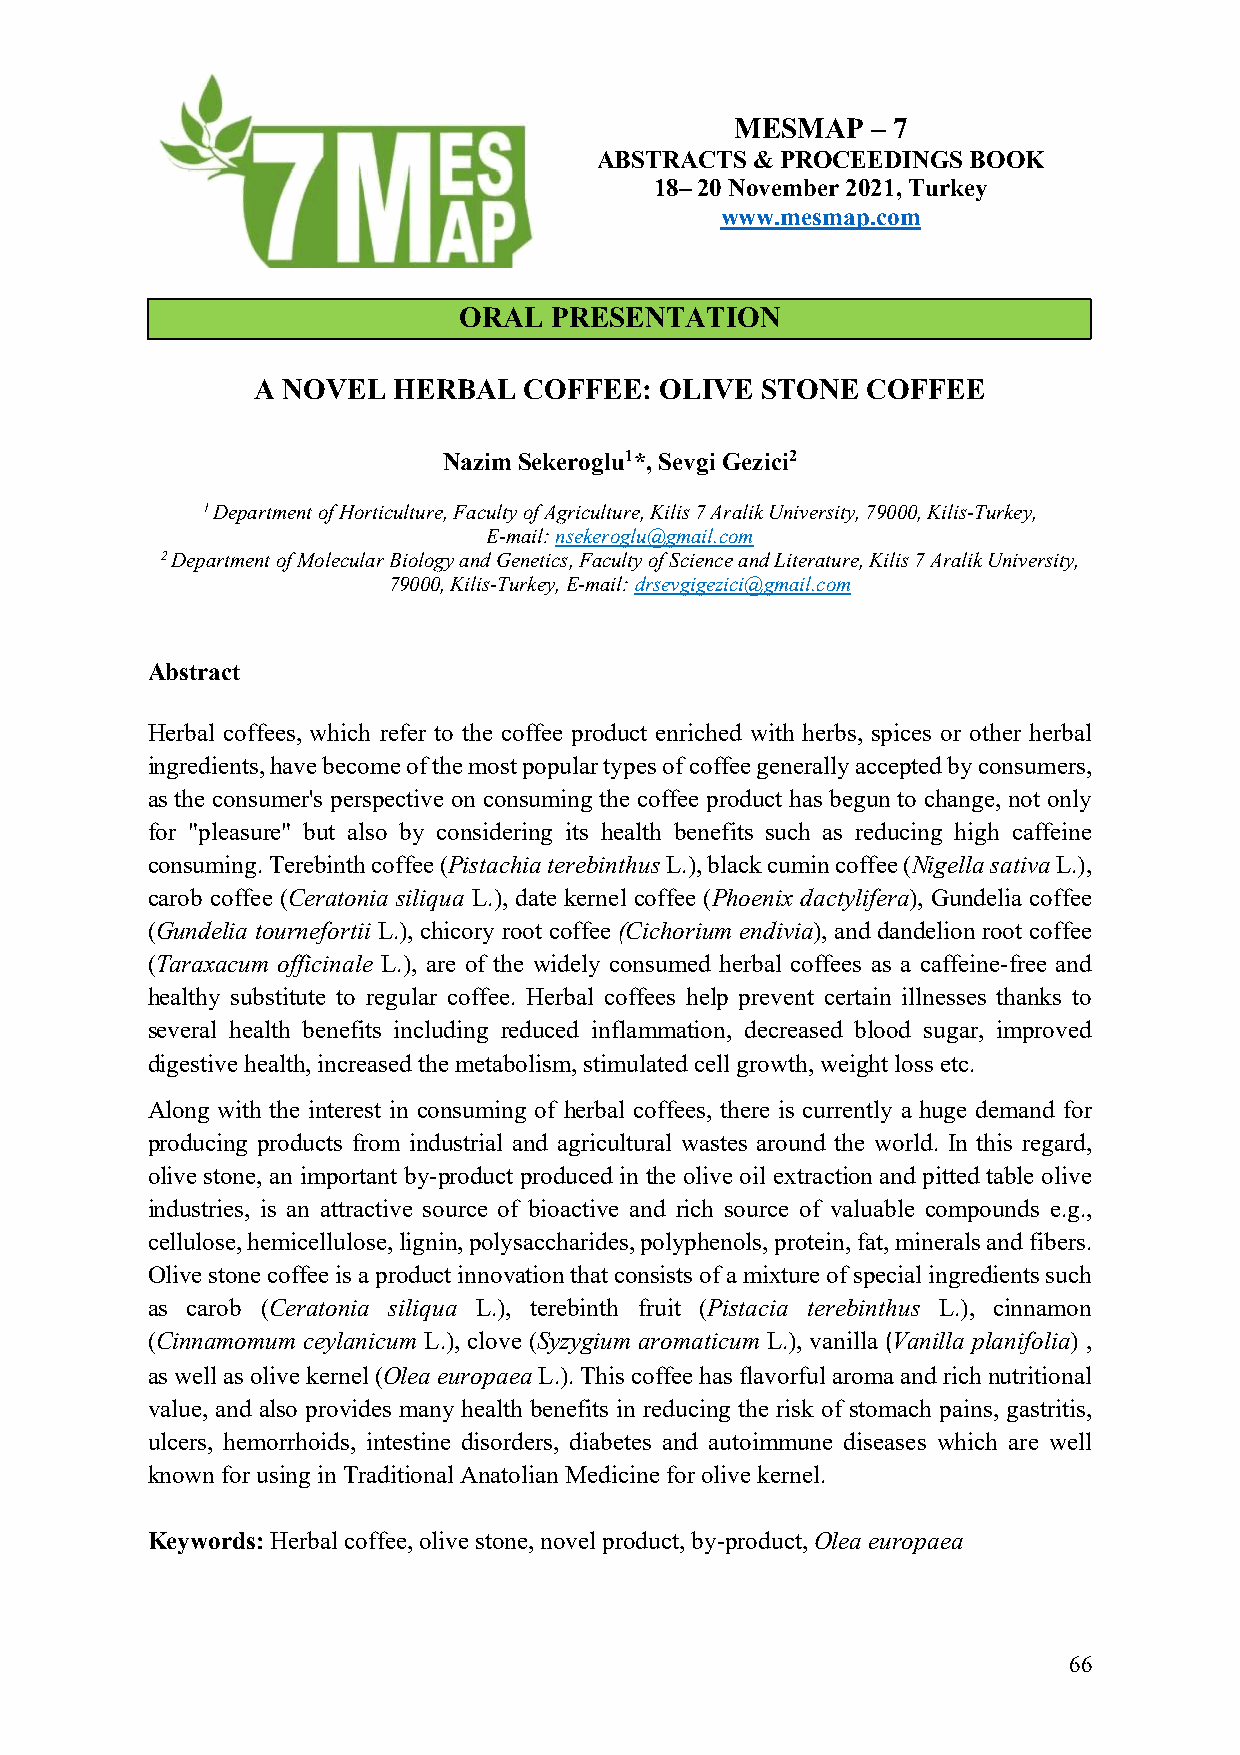
MESMAP   – 7
 ABSTRACTS  & PROCEEDINGS BOOK
 18– 20 November 2021, Turkey
 www.mesmap.com
 ORAL  PRESENTATION
 A NOVEL  HERBAL   COFFEE:  OLIVE STONE  COFFEE
 Nazim Sekeroglu1*, Sevgi Gezici2
 1 Department of Horticulture, Faculty of Agriculture, Kilis 7 Aralik University, 79000, Kilis-Turkey,
 E-mail: nsekeroglu@gmail.com
 2 Department of Molecular Biology and Genetics, Faculty of Science and Literature, Kilis 7 Aralik University,
 79000, Kilis-Turkey, E-mail: drsevgigezici@gmail.com
 Abstract
 Herbal coffees, which refer to the coffee product enriched with herbs, spices or other herbal
 ingredients, have become of the most popular types of coffee generally accepted by consumers,
 as the consumer's perspective on consuming the coffee product has begun to change, not only
 for "pleasure" but also by considering its health benefits such as reducing high caffeine
 consuming. Terebinth coffee (Pistachia terebinthus L.), black cumin coffee (Nigella sativa L.),
 carob coffee (Ceratonia siliqua L.), date kernel coffee (Phoenix dactylifera), Gundelia coffee
 (Gundelia tournefortii L.), chicory root coffee (Cichorium endivia), and dandelion root coffee
 (Taraxacum officinale L.), are of the widely consumed herbal coffees as a caffeine-free and
 healthy substitute to regular coffee. Herbal coffees help prevent certain illnesses thanks to
 several health benefits including reduced inflammation, decreased blood sugar, improved
 digestive health, increased the metabolism, stimulated cell growth, weight loss etc.
 Along with the interest in consuming of herbal coffees, there is currently a huge demand for
 producing products from industrial and agricultural wastes around the world. In this regard,
 olive stone, an important by-product produced in the olive oil extraction and pitted table olive
 industries, is an attractive source of bioactive and rich source of valuable compounds e.g.,
 cellulose, hemicellulose, lignin, polysaccharides, polyphenols, protein, fat, minerals and fibers.
 Olive stone coffee is a product innovation that consists of a mixture of special ingredients such
 as carob (Ceratonia siliqua L.), terebinth fruit (Pistacia terebinthus L.), cinnamon
 (Cinnamomum ceylanicum L.), clove (Syzygium aromaticum L.), vanilla (Vanilla planifolia) ,
 as well as olive kernel (Olea europaea L.). This coffee has flavorful aroma and rich nutritional
 value, and also provides many health benefits in reducing the risk of stomach pains, gastritis,
 ulcers, hemorrhoids, intestine disorders, diabetes and autoimmune diseases which are well
 known for using in Traditional Anatolian Medicine for olive kernel.
 Keywords: Herbal coffee, olive stone, novel product, by-product, Olea europaea
 66